Plague in India, 1896, 1897 - Volume 2
Year: 1896
Disease focus: Plague
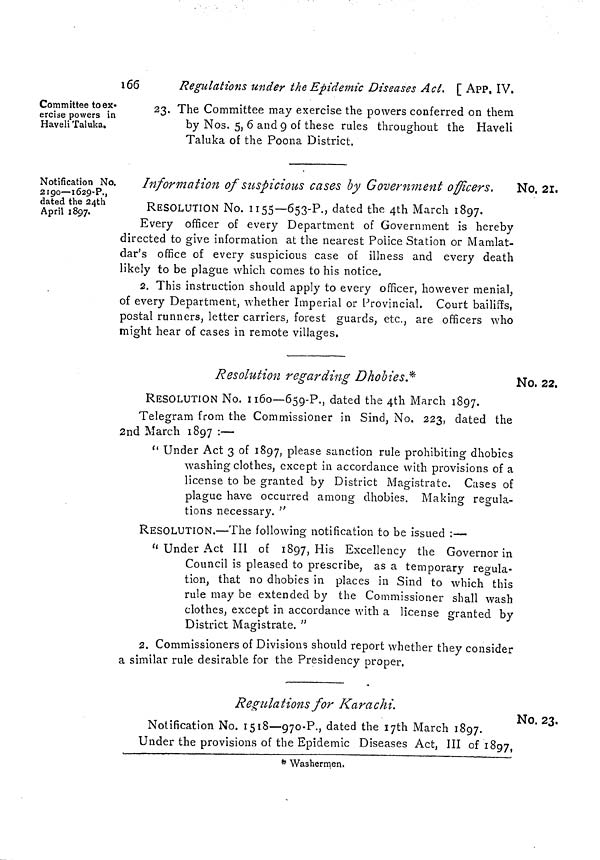
166
Regulations under the Epidemie Diseases Act. [ APP, IV.
Committee to ex-
ercise powers in
Haveli Taluka.
23. The Committee may exercise the powers conferred on them
by Nos. 5, 6 and 9 of these rules throughout the Haveli
Taluka of the Poona District.
No. 21..
Notification No.
2190—1629-P.,
dated the 24th
April 1897.
Information of suspicious cases by Government officers.
RESOLUTION No. 1155—653-P., dated the 4th March 1897.
Every officer of every Department of Government is hereby
directed to give information at the nearest Police Station or Mamlat-
dar's office of every suspicious case of illness and every death
likely to be plague which comes to his notice.
2. This instruction should apply to every officer, however menial,
of every Department, whether Imperial or Provincial. Court bailiffs,
postal runners, letter carriers, forest guards, etc., are officers who
might hear of cases in remote villages.
Resolution regarding Dhobies.*
NO. 22.
RESOLUTION No. 1160—659-P., dated the 4th March 1897.
Telegram from the Commissioner in Sind, No. 223, dated the
2nd March 1897 :—
" Under Act 3 of 1897, please sanction rule prohibiting dhobies
washing clothes, except in accordance with provisions of a
license to be granted by District Magistrate. Cases of
plague have occurred among dhobies. Makinsr regula-
J.
O
O
O
O
tions necessary. "
RESOLUTION.—The following notification to be issued :—
11 Under Act III of 1897, His Excellency the Governor in
Council is pleased to prescribe, as a temporary regula-
tion, that no dhobies in places in Sind to which this
rule may be extended by the Commissioner shall wash
clothes, except in accordance with a license granted by
District Magistrate. "
2. Commissioners of Divisions should report whether they consider
a similar rule desirable for the Presidency proper.
Regulations for Karachi.
No. 23.
Notification No. 1518—970-P., dated the I7th March 1897.
Under the provisions of the Epidemic Diseases Act, III of 1897,
* Washermen»